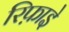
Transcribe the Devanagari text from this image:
रिफ़ाइे